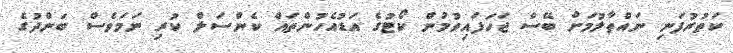
ކަތުރުފަނި ނައްތާލުމަށް ބޭސް ޖަހަފައިވުމުން ކޯޓުގެ އަޑުއެހުންތައް ކެންސަލް ކުރި ނަމަވެސް ބަންދުގެ